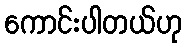
ကောင်းပါတယ်ဟု